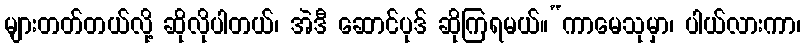
များတတ်တယ်လို့ ဆိုလိုပါတယ်၊ အဲဒီ ဆောင်ပုဒ် ဆိုကြရမယ်။“ကာမေသုမှာ၊ ပါယ်လားကာ၊